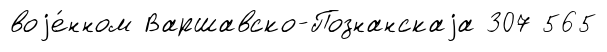
воjе́нном Варшавско-Познанскаjа 307 565